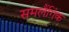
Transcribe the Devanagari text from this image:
समलैंगिंक